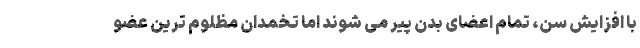
با افزایش سن، تمام اعضای بدن پیر می شوند اما تخمدان مظلوم ترین عضو